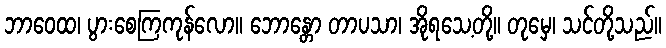
ဘာဝေထ၊ ပွားစေကြကုန်လော။ ဘောန္တော တာပသာ၊ အိုရသေ့တို့။ တုမှေ၊ သင်တို့သည်။